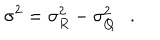
\sigma ^ { 2 } = \sigma _ { R } ^ { 2 } - \sigma _ { Q } ^ { 2 } .